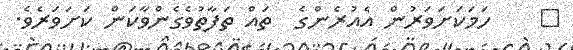
٤    ހަމަކަށަވަރުން އެއުރެންގެ  ތައް ތަފާތުވެގެންވާކަން ކަށަވަރެވެ.